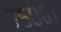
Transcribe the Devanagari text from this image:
७५०६१